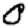
Digit: 0